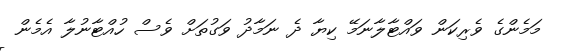
މަމެންގެ ވެރިކަން ވައްޓާލާނަމޭ ކިޔާ ދެ ނަމާދު ވަގުތަށް ވެސް ހުއްޓާނުލާ އެމެން